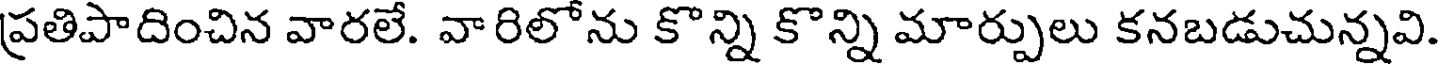
ప్రతిపాదించిన వారలే. వారిలోను కొన్ని కొన్ని మార్పులు కనబడుచున్నవి.